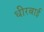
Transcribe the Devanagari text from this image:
धीरबाई